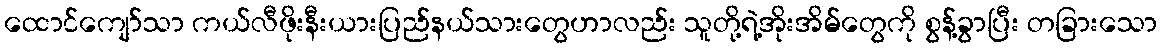
ထောင်ကျော်သာ ကယ်လီဖိုးနီးယားပြည်နယ်သားတွေဟာလည်း သူတို့ရဲ့အိုးအိမ်တွေကို စွန့်ခွာပြီး တခြားသော